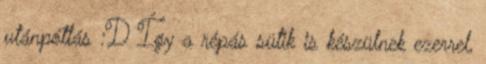
utánpótlás :D Így a répás sütik is készülnek ezerrel,